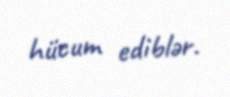
hücum ediblər.